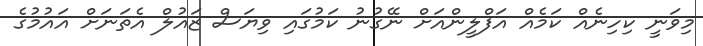
މިވަނީ ކިހިނެއް ކަމެއް އަފްލީންއަށް ނޭގުނު ކަމުގައި ވިޔަސް ޒައުލް އެތަނަށް އައުމުގެ